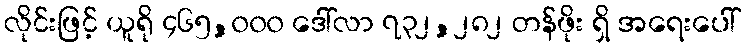
လိုင်းဖြင့် ယူရို ၄၆၅,၀၀၀ ဒေါ်လာ ၇၃၂,၂၈၂ တန်ဖိုး ရှိ အရေးပေါ်